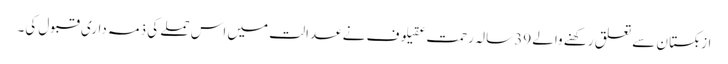
ازبکستان سے تعلق رکھنے والے 39 سالہ رحمت عقیلوف نے عدالت میں اس حملے کی ذمہ داری قبول کی۔